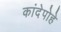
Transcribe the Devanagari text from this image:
कांदेपोहे